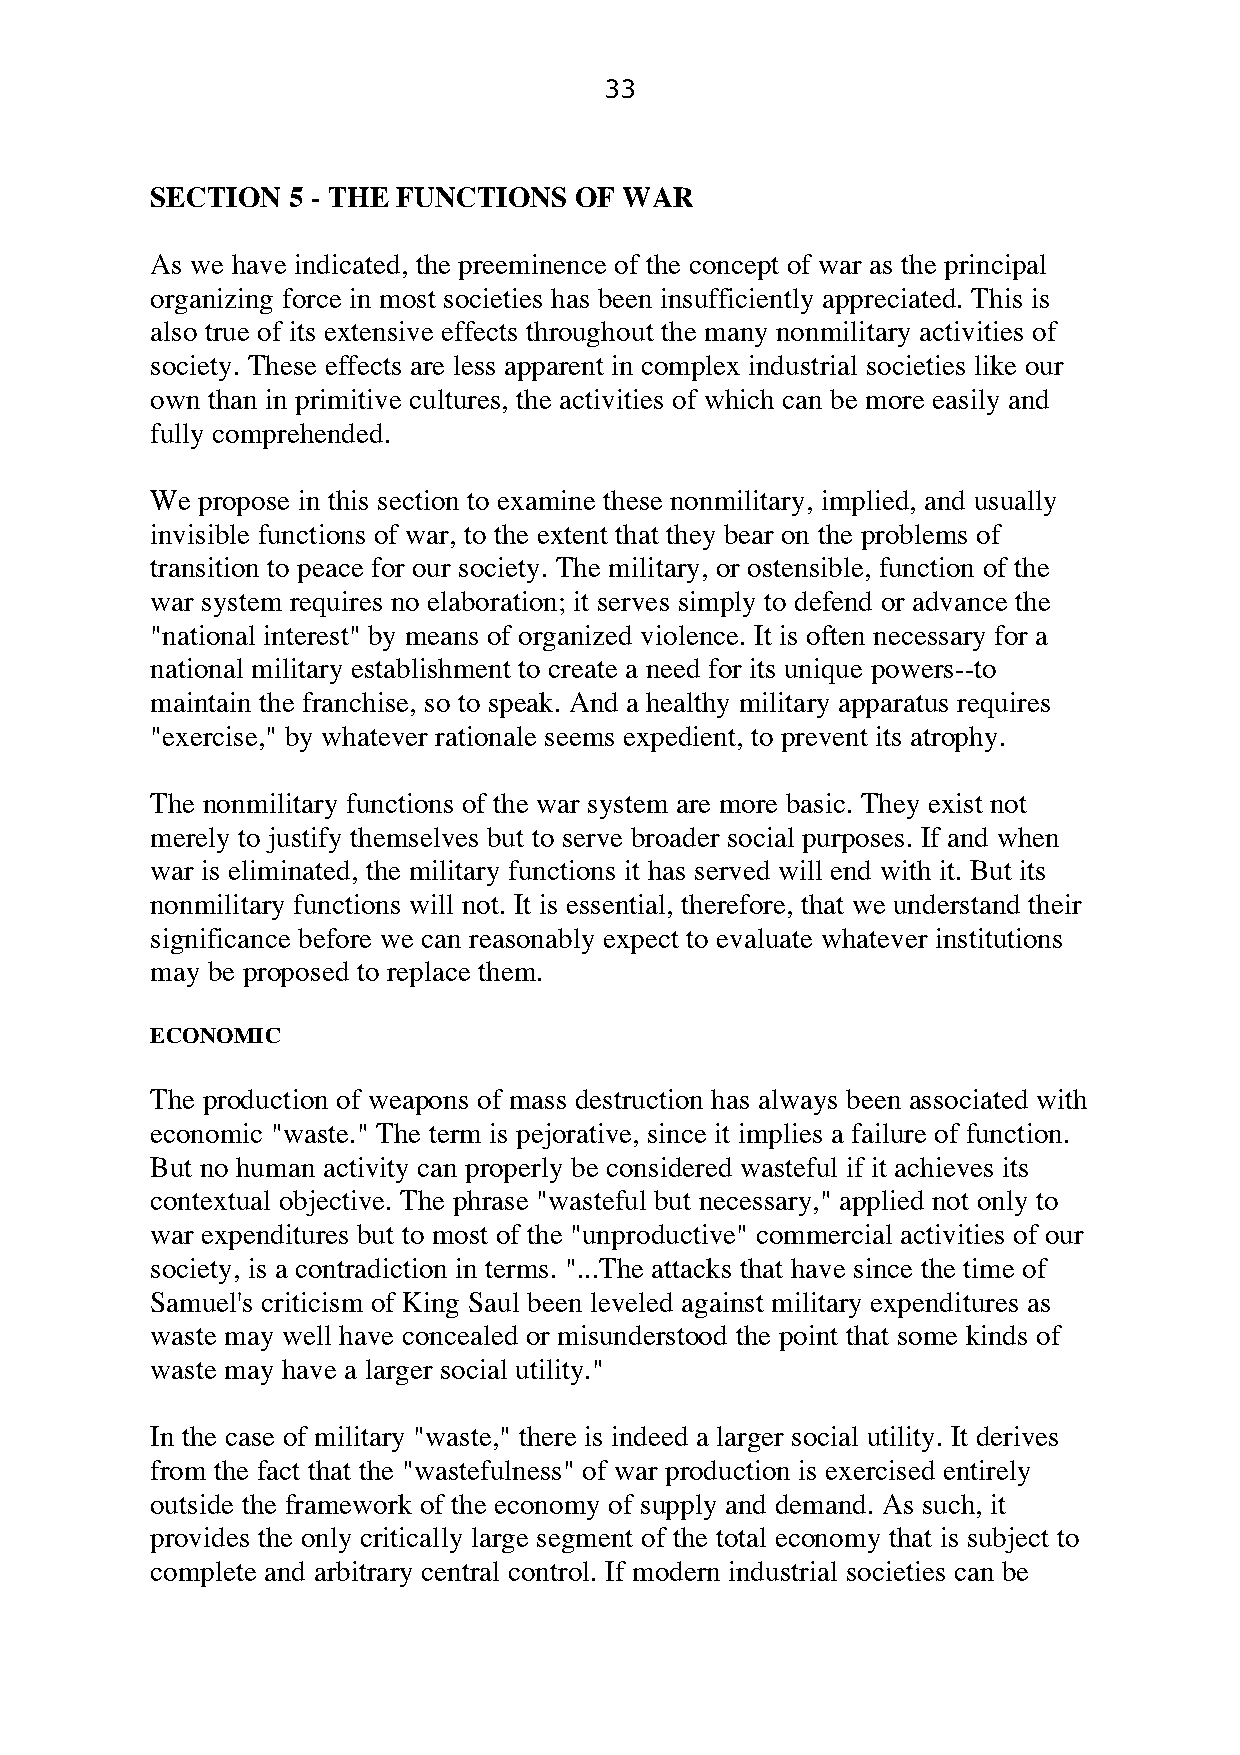
33
 SECTION  5 - THE FUNCTIONS  OF WAR
 As we have indicated, the preeminence of the concept of war as the principal
 organizing force in most societies has been insufficiently appreciated. This is
 also true of its extensive effects throughout the many nonmilitary activities of
 society. These effects are less apparent in complex industrial societies like our
 own than in primitive cultures, the activities of which can be more easily and
 fully comprehended.
 We propose in this section to examine these nonmilitary, implied, and usually
 invisible functions of war, to the extent that they bear on the problems of
 transition to peace for our society. The military, or ostensible, function of the
 war system requires no elaboration; it serves simply to defend or advance the
 "national interest" by means of organized violence. It is often necessary for a
 national military establishment to create a need for its unique powers--to
 maintain the franchise, so to speak. And a healthy military apparatus requires
 "exercise," by whatever rationale seems expedient, to prevent its atrophy.
 The nonmilitary functions of the war system are more basic. They exist not
 merely to justify themselves but to serve broader social purposes. If and when
 war is eliminated, the military functions it has served will end with it. But its
 nonmilitary functions will not. It is essential, therefore, that we understand their
 significance before we can reasonably expect to evaluate whatever institutions
 may be proposed to replace them.
 ECONOMIC
 The production of weapons of mass destruction has always been associated with
 economic "waste." The term is pejorative, since it implies a failure of function.
 But no human activity can properly be considered wasteful if it achieves its
 contextual objective. The phrase "wasteful but necessary," applied not only to
 war expenditures but to most of the "unproductive" commercial activities of our
 society, is a contradiction in terms. "...The attacks that have since the time of
 Samuel's criticism of King Saul been leveled against military expenditures as
 waste may well have concealed or misunderstood the point that some kinds of
 waste may have a larger social utility."
 In the case of military "waste," there is indeed a larger social utility. It derives
 from the fact that the "wastefulness" of war production is exercised entirely
 outside the framework of the economy of supply and demand. As such, it
 provides the only critically large segment of the total economy that is subject to
 complete and arbitrary central control. If modern industrial societies can be